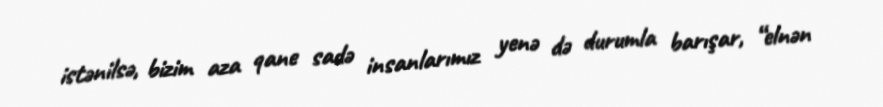
istənilsə, bizim aza qane sadə insanlarımız yenə də durumla barışar, “elnən